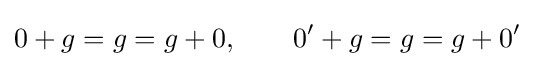
0+g=g=g+0,\qquad 0'+g=g=g+0'